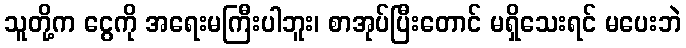
သူတို့က ငွေကို အရေးမကြီးပါဘူး၊ စာအုပ်ပြီးတောင် မရှိသေးရင် မပေးဘဲ